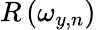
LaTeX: R\left(\omega_{y,n}\right)